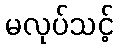
မလုပ်သင့်